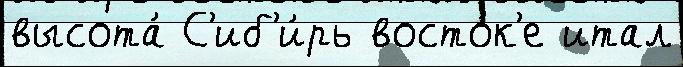
высота́ С'иб'и́рь восто́к'е итал